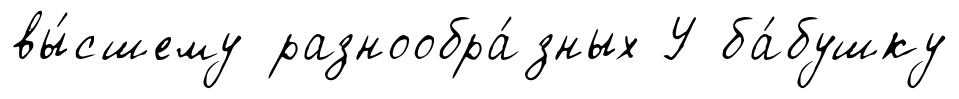
вы́сшему разнообра́зных У ба́бушку